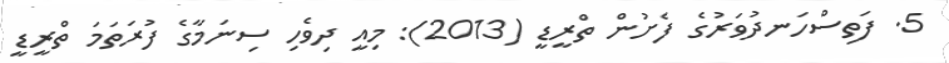
5. ފަތިސްހަނދުވަރުގެ ފެށުން ތްރީޑީ (2013): މިއީ ދިވެހި ސިނަމާގެ ފުރަތަމަ ތްރީޑީ